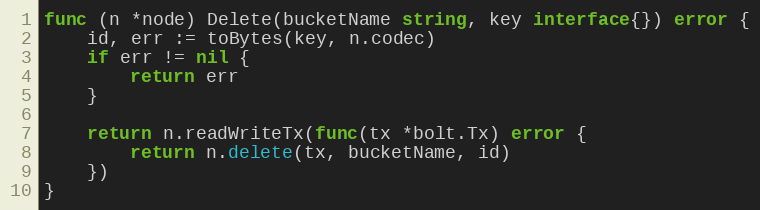
Language: Go
func (n *node) Delete(bucketName string, key interface{}) error {
	id, err := toBytes(key, n.codec)
	if err != nil {
		return err
	}

	return n.readWriteTx(func(tx *bolt.Tx) error {
		return n.delete(tx, bucketName, id)
	})
}